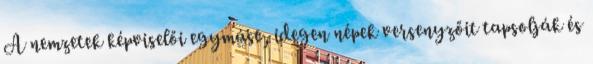
A nemzetek képviselői egymást, idegen népek versenyzőit tapsolják és